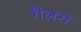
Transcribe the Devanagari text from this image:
गैलरो